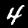
Digit: 4